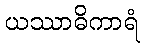
ယဿာဓိကာရံ